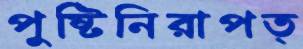
পুষ্টিনিরাপত্